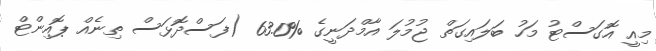
މިއީ އޮގަސްޓު މަހު ބަލައިގަތް ޖުމުލަ އާމްދަނީގެ %63.0 (ފަސްދޮޅަސް ތިނެއް ޕޮއިންޓް